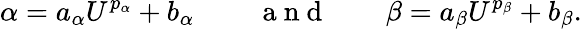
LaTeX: \alpha=a_{\alpha}{U}^{p_{\alpha}}+b_{\alpha}\, \qquad\mathrm{~a~n~d~}\qquad\beta=a_{\beta}{U}^{p_{\beta}}+b_{\beta}.